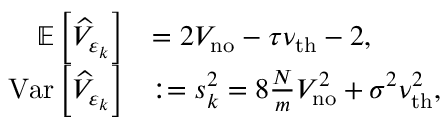
\begin{array} { r l } { \mathbb { E } \left[ \widehat { V } _ { \varepsilon _ { k } } \right] } & { = 2 V _ { \mathrm { n o } } - \tau \nu _ { \mathrm { t h } } - 2 , } \\ { \mathrm { V a r } \left[ \widehat { V } _ { \varepsilon _ { k } } \right] } & { : = s _ { k } ^ { 2 } = 8 \frac { N } { m } V _ { \mathrm { n o } } ^ { 2 } + \sigma ^ { 2 } \nu _ { \mathrm { t h } } ^ { 2 } , } \end{array}